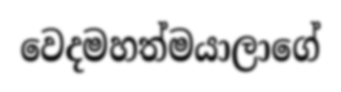
වෙදමහත්මයාලාගේ